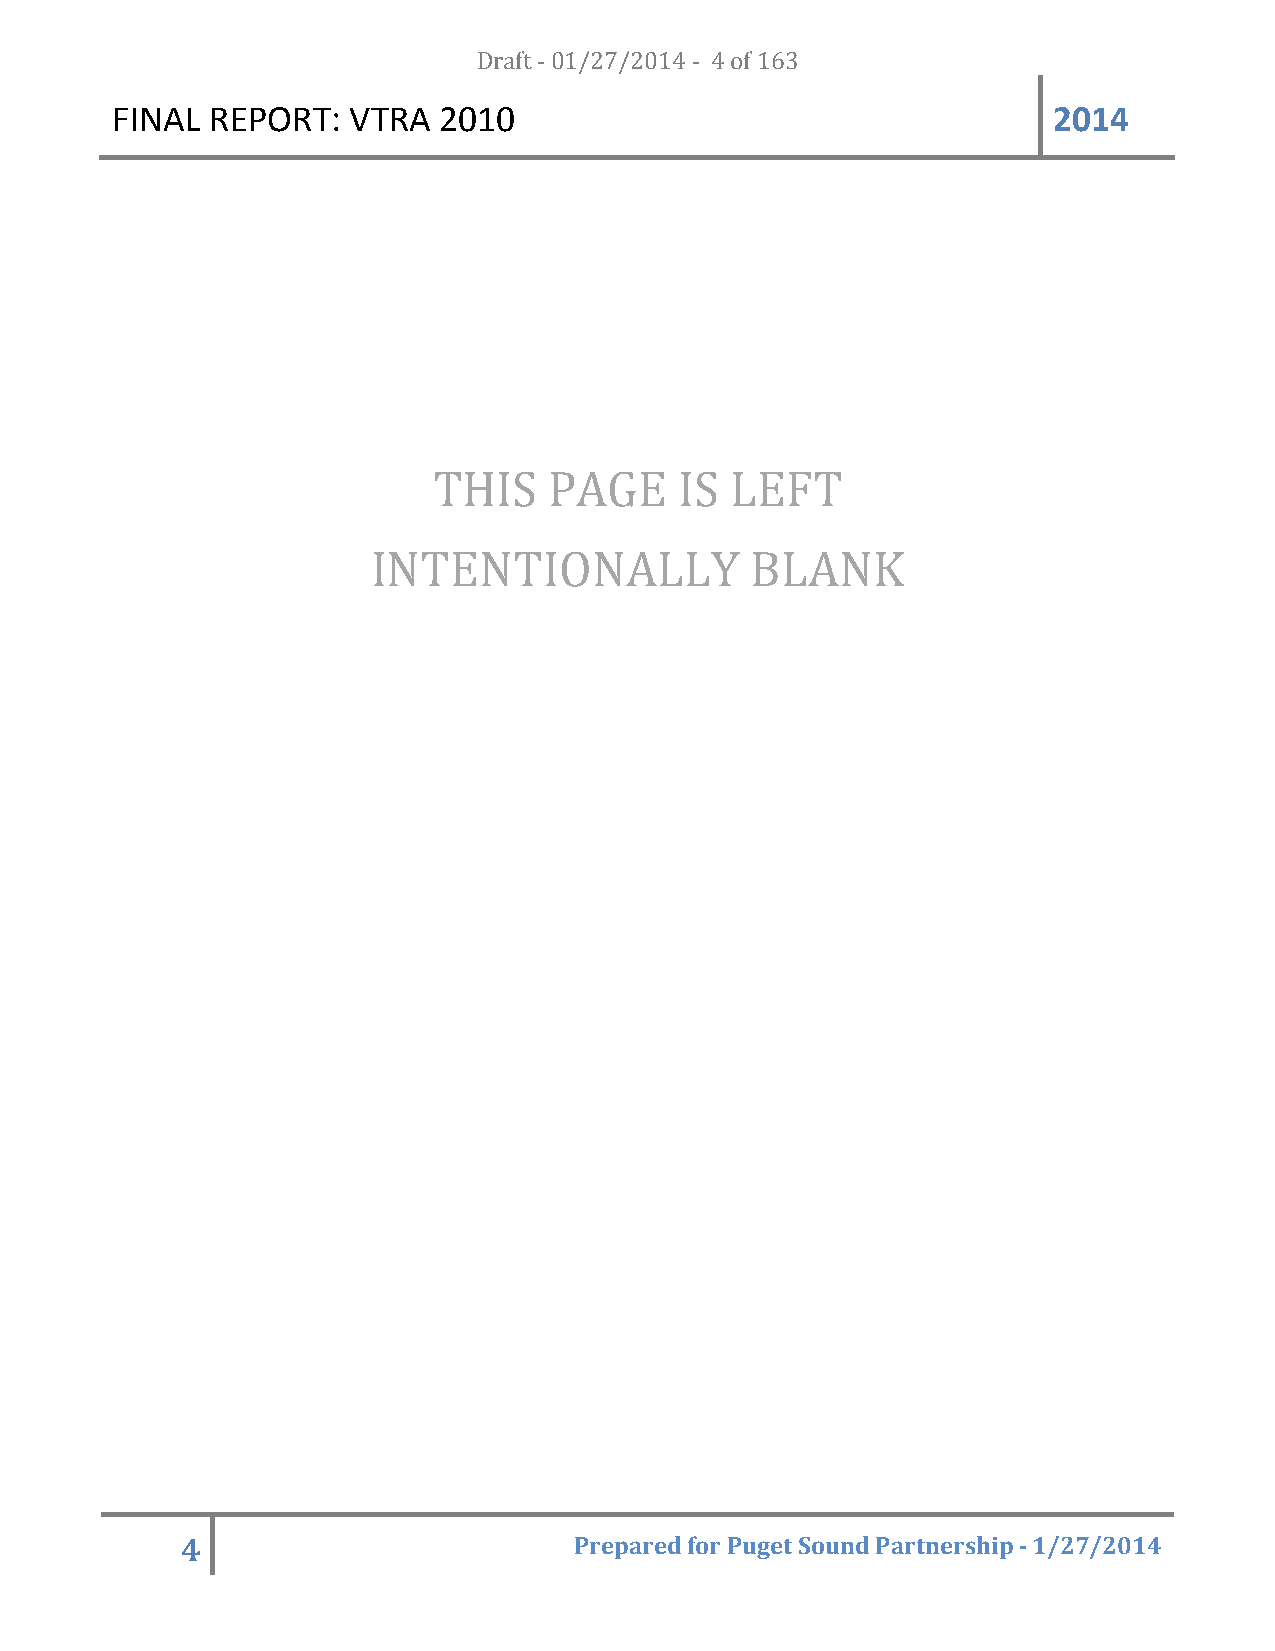
FINAL  REPORT:  VTRA  20D1r0a ft - 01/27/2014 - 4 of 163       2014
 THIS   PAGE     IS LEFT
 INTENTIONALLY            BLANK
 4                         Prepared for Puget Sound Partnership - 1/27/2014